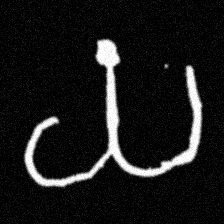
Pyu character \u2014 Myanmar letter: ယ (romanized: ya)